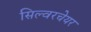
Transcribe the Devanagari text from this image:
सिल्वरचेयर